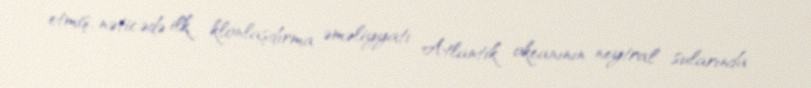
etmiş, nəticədə ilk klonlaşdırma əməliyyatı Atlantik okeanının neytral sularında